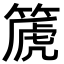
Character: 篪